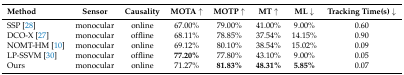
<table><thead><tr><td><b>Method</b></td><td><b>Sensor</b></td><td><b>Causality</b></td><td><b>MOTA ↑</b></td><td><b>MOTP ↑</b></td><td><b>MT ↑</b></td><td><b>ML ↓</b></td><td><b>Tracking Time(s) ↓</b></td></tr></thead><tbody><tr><td>SSP [28]</td><td>monocular</td><td>online</td><td>67.00%</td><td>79.00%</td><td>41.00%</td><td>9.00%</td><td>0.60</td></tr><tr><td>DCO-X [27]</td><td>monocular</td><td>offline</td><td>68.11%</td><td>78.85%</td><td>37.54%</td><td>14.15%</td><td>0.90</td></tr><tr><td>NOMT-HM [10]</td><td>monocular</td><td>online</td><td>69.12%</td><td>80.10%</td><td>38.54%</td><td>15.02%</td><td>0.09</td></tr><tr><td>LP-SSVM [30]</td><td>monocular</td><td>offline</td><td><b>77.20%</b></td><td>77.80%</td><td>43.10%</td><td>9.00%</td><td>0.05</td></tr><tr><td>Ours</td><td>monocular</td><td>online</td><td>71.27%</td><td><b>81.83%</b></td><td><b>48.31%</b></td><td><b>5.85%</b></td><td>0.07</td></tr></tbody></table>